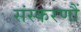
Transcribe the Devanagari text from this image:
संस्करणौं